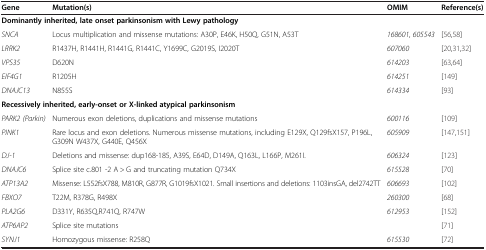
<table><thead><tr><td><b>Gene</b></td><td><b>Mutation(s)</b></td><td><b>OMIM</b></td><td><b>Reference(s)</b></td></tr></thead><tbody><tr><td colspan="2"><b>Dominantly inherited, late onset parkinsonism with Lewy pathology</b></td><td> </td><td> </td></tr><tr><td><i>SNCA</i></td><td>Locus multiplication and missense mutations: A30P, E46K, H50Q, G51N, A53T</td><td><i>168601</i>, <i>605543</i></td><td>[56,58]</td></tr><tr><td><i>LRRK2</i></td><td>R1437H, R1441H, R1441G, R1441C, Y1699C, G2019S, I2020T</td><td><i>607060</i></td><td>[20,31,32]</td></tr><tr><td><i>VPS35</i></td><td>D620N</td><td><i>614203</i></td><td>[63,64]</td></tr><tr><td><i>EIF4G1</i></td><td>R1205H</td><td><i>614251</i></td><td>[149]</td></tr><tr><td><i>DNAJC13</i></td><td>N855S</td><td><i>614334</i></td><td>[93]</td></tr><tr><td colspan="4"><b>Recessively inherited, early-onset or X-linked atypical parkinsonism</b></td></tr><tr><td><i>PARK2 (Parkin)</i></td><td>Numerous exon deletions, duplications and missense mutations</td><td><i>600116</i></td><td>[109]</td></tr><tr><td><i>PINK1</i></td><td>Rare locus and exon deletions. Numerous missense mutations, including E129X, Q129fsX157, P196L, G309N W437X, G440E, Q456X</td><td><i>605909</i></td><td>[147,151]</td></tr><tr><td><i>DJ-1</i></td><td>Deletions and missense: dup168-185, A39S, E64D, D149A, Q163L, L166P, M261I.</td><td><i>606324</i></td><td>[123]</td></tr><tr><td><i>DNAJC6</i></td><td>Splice site c.801 -2 A &gt; G and truncating mutation Q734X</td><td><i>615528</i></td><td>[70]</td></tr><tr><td><i>ATP13A2</i></td><td>Missense: L552fsX788, M810R, G877R, G1019fsX1021. Small insertions and deletions: 1103insGA, del2742TT</td><td><i>606693</i></td><td>[102]</td></tr><tr><td><i>FBXO7</i></td><td>T22M, R378G, R498X</td><td><i>260300</i></td><td>[68]</td></tr><tr><td><i>PLA2G6</i></td><td>D331Y, R635Q,R741Q, R747W</td><td><i>612953</i></td><td>[152]</td></tr><tr><td><i>ATP6AP2</i></td><td>Splice site mutations</td><td> </td><td>[71]</td></tr><tr><td><i>SYNJ1</i></td><td>Homozygous missense: R258Q</td><td><i>615530</i></td><td>[72]</td></tr></tbody></table>